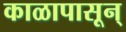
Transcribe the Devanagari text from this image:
काळापासून्